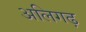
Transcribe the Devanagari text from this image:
अलिगढ़